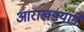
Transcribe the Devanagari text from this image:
आराखडयाने